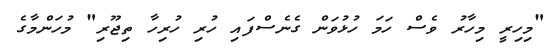
"މިހިރީ މިހާރު ވެސް ހަމަ ހުޅުވަން ގެނެސްފައި ހުރި ހުރިހާ ތިޖޫރި" މުހަންމާގެ